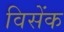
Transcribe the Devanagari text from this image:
विसेंक